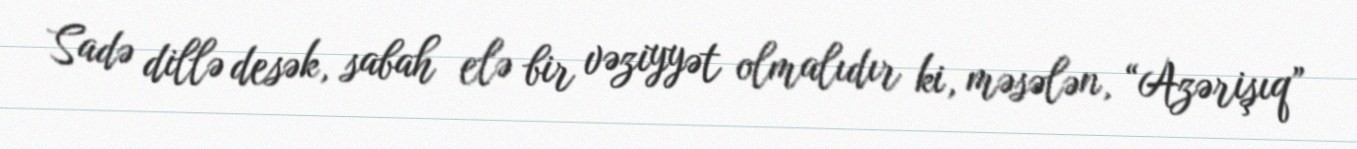
Sadə dillə desək, sabah elə bir vəziyyət olmalıdır ki, məsələn, “Azərişıq”